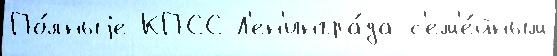
По́лныjе КПСС Л'ен'ингра́да с'ем'е́йным